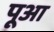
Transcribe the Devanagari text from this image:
पूआ